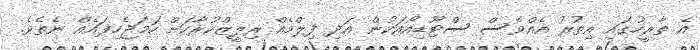
އެ ތާރީހުގައި އިތުރު އެއްވެސް ސްޓޫޑިއޯއަކުން އަދި ފިލްމެއް ރިލީޒްކުރާކަށް ހަމަޖެހިފައެއް ނެތެވެ.